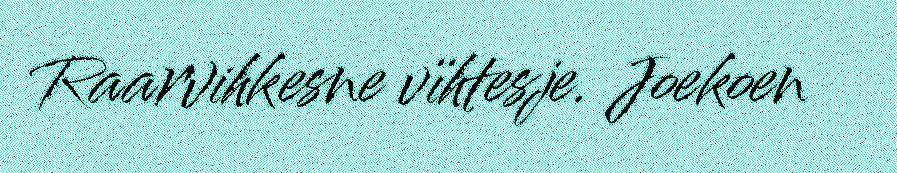
Raarvihkesne vïhtesje. Joekoen